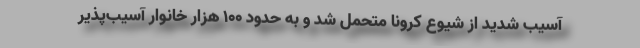
آسیب شدید از شیوع کرونا متحمل شد و به حدود 100 هزار خانوار آسیب‌پذیر